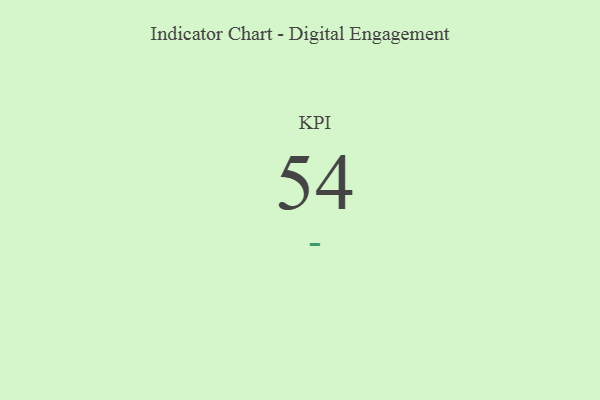
{"axis": {"x": "KPI", "y": "Value"}, "legend": [""], "data": [{"x": "KPI", "y": 54, "type": ""}]}